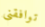
توافقني